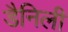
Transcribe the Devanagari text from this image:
डैनिली